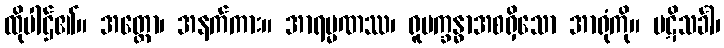
ထိုပါဌ်၏။ အတ္ထော၊ အနက်ကား။ အာရမ္မဏဿ၊ ရူပက္ခန္ဓာအစရှိသော အာရုံကို။ ပဋိသင်္ခါ၊